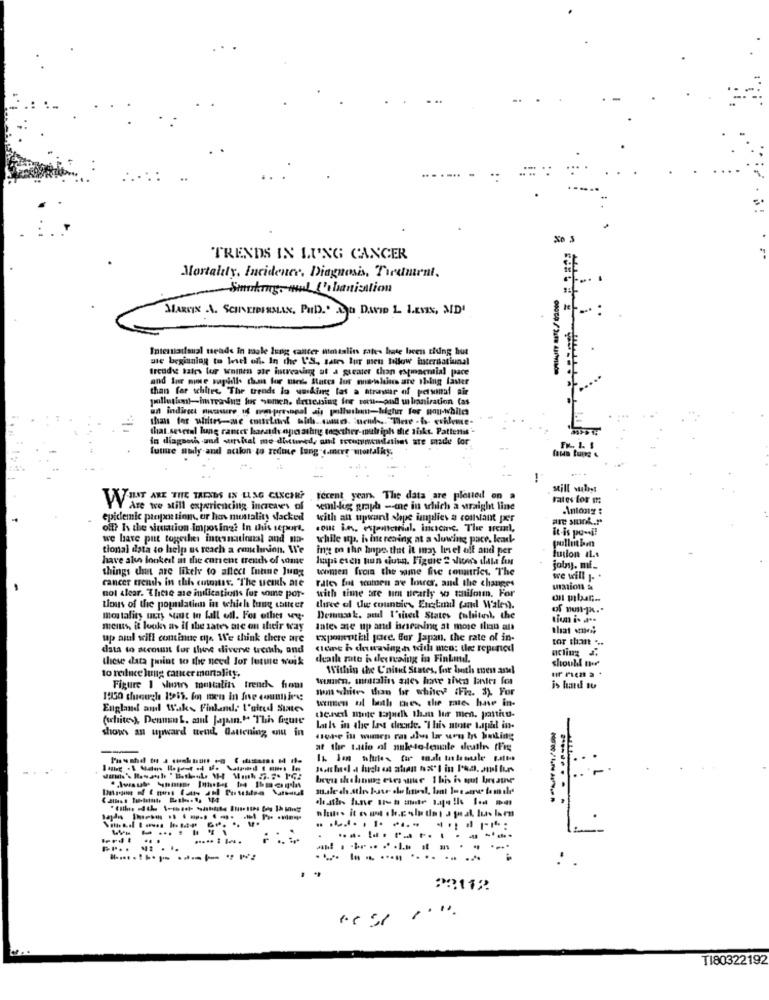
TRENDS IN LUNG CANCER
Mortality, Incidener. Diagnosis, Treatment.
Smoking. nul l'obanisation
MARCIN .A. SCHNEIDERMAN, PHD.' An DAVID L LEVIN, AD'
Interiailsual ueads in male lung cancer nimstalins rates hate been thing hut
are beginning to Wesel of In the US. saus lur men Illow hacerdatiunal
freude tales for women are increasing at a greater than estmacmial pace
and Iur mine rapidly than for tied States los mowskius are shing faster
than for whites, The trends in wording las a strawar of personal air
an indirect musssure if we-prevomal ais pollut-hifatur for pou-whiles
than for whites-me courtid nich .. que. "nem ,. Tete . h. erhleme-
that.several lung cancer karatdr ogo athnig together-multiph the risks. Pattentis'
in diagnosi -und surshal me ditwed, and socommeilatises are made for
futre atly and acilon to zedine lang camere mortalky
-- -
still wales
VVINT ARE THE TRENDS IN LLAG CLXCHR?
ferent year The data are plotted on
Fates lor m:
Are we still experiencing increases of
semi-lug graph -me in which a straight line
epidemic propo tion, or has mustality sacked
with an upwant alpe implies a constant per
are smok .. ""
off? Is the siumtion imposing? In this icport,
it-is po -!!
we have put together international and ma-
while itp. h hite resing at a slowing pace, leark-
tional data to help us reach a cochinion. We
ing m the hope that it may level oft and per
pullut ben
have also lookest at the consent trenchs of some
haps esch tun ciutg. Figure 2 vices data fus
fusion IL.s
things chut are likely to affect Intine Jung
women from the same five countries, The
joby. mi_
cancer trends in this cutmuss. "The weich ate
Tales fit women are Imurer, and the changes
we will . .
not clear. These are inifications for some por-
with time are um nearly wo maniform. For
umion &
tions of the population in which tung talte er
three of the counties Erstmil (and Wales).
mortality uury want to fall ell. For other vy.
Desuuso k. aedl I'sived States (whitesk, the
meins, it looks as if the sates me on their way
dates me up and iseseining at more than att
that weis
up all will continue type. We think there are
exponentkil joce. for Japan, the rate of in-
tor than ...
data to account for thee divene treih, and <teme h downsingh with men: the reported
these data point to the need Jor lutme woik
death rate is deetaing in Finkmd.
should ner
Within the C'ninid States, for both tuen anuel
to reduce lung cancer mortality.
Figure 1 shows tomstalins trench from
non whites than for whitev (Fia. 3). For
is hund tu
winnen ul ladth mies, the mes have in-
England andl Waks Finland, l'oftul States
(white ), Denun L. ant Jajam." This figure
Genel mnte tajaelk than lur men. pantitu-
shows an upward ttend, dattening ou in
Lasls in the last dende. "This ainte tapll in-
dwie in women ra dls lar wow Is himling
at the ratio of nale-to-lente deale (Fig
...
---.
-----
.... .. ...
22112
TI80322192